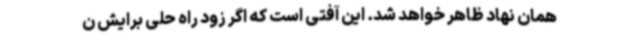
همان نهاد ظاهر خواهد شد. این‌ آفتی است که اگر زود راه حلی برایش ن